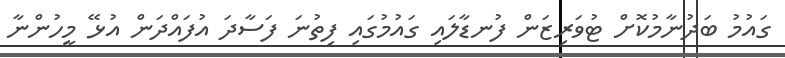
ގައުމު ބަދުނާމުކޮށް ޓުވަރިޒަން ފުނޑާލައި ގައުމުގައި ފިތުނަ ފަސާދަ އުފައްދަން އުޅޭ މީހުންނާ